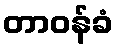
တာဝန်ခံ